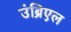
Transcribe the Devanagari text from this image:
उंब्रिएल